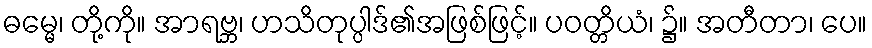
ဓမ္မေ၊ တို့ကို။ အာရဗ္ဘ၊ ဟသိတုပ္ပါဒ်၏အဖြစ်ဖြင့်။ ပဝတ္တိယံ၊ ၌။ အတီတာ၊ ပေ။